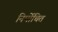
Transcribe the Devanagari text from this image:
निर्मोचित